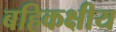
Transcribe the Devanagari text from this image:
बहिकक्षीय